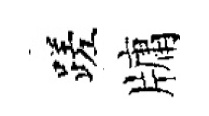
蹉牗